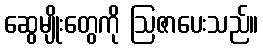
ဆွေမျိုးတွေကို ဩဇာပေးသည်။